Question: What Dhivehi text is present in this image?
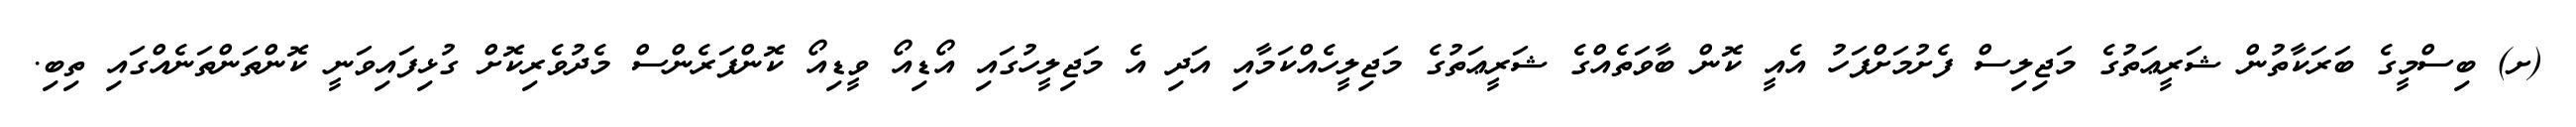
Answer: (ށ) ބިސްމީގެ ބަރަކާތުން ޝަރީޢަތުގެ މަޖިލިސް ފެށުމަށްފަހު އެއީ ކޮން ބާވަތެއްގެ ޝަރީޢަތުގެ މަޖިލީހެއްކަމާއި އަދި އެ މަޖިލީހުގައި އޯޑިއޯ ވީޑިއޯ ކޮންފަރެންސް މެދުވެރިކޮށް ގުޅިފައިވަނީ ކޮންތަންތަނެއްގައި ތިބި.